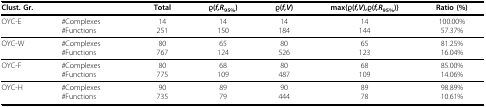
<table><thead><tr><td colspan="2"><b>Clust. Gr.</b></td><td><b>Total</b></td><td><b><i>ρ</i>(<i>f,R</i><sub>95%</sub>)</b></td><td><b><i>ρ</i>(<i>f,V</i>) </b></td><td><b>max{<i>ρ</i>(<i>f,V</i>),<i>ρ</i>(<i>f,R</i><sub>95%</sub>)}</b></td><td><b>Ratio (%)</b></td></tr></thead><tbody><tr><td>OYC-E</td><td>#Complexes#Functions</td><td>14251</td><td>14150</td><td>14184</td><td>14144</td><td>100.00%57.37%</td></tr><tr><td>OYC-W</td><td>#Complexes#Functions</td><td>80767</td><td>65124</td><td>80526</td><td>65123</td><td>81.25%16.04%</td></tr><tr><td>OYC-F</td><td>#Complexes#Functions</td><td>80775</td><td>68109</td><td>80487</td><td>68109</td><td>85.00%14.06%</td></tr><tr><td>OYC-H</td><td>#Complexes#Functions</td><td>90735</td><td>8979</td><td>90444</td><td>8978</td><td>98.89%10.61%</td></tr></tbody></table>